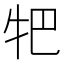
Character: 㸭